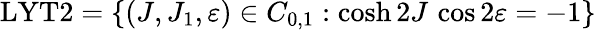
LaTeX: \mathrm{LYT2}=\left\{ (J,J_{1},\varepsilon)\in C_{0,1}:\cosh 2J\, \cos 2\varepsilon=-1\right\}